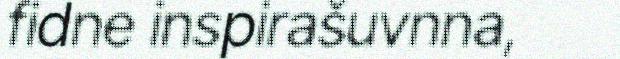
fidne inspirašuvnna,